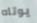
يوتاه